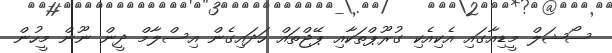
ސޯޝަލް މީޑިއާގައި އެކިއެކި ގުރޫޕްތަކާއި ޕޭޖްތައް ހަދައިގެން އިސްލާމް ދީން ނޫން މީހުން